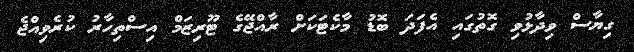
ގިޔާސް ވިދާޅުވި ގޮތުގައި އެފަދަ ބޮޑު މާކެޓަކަށް ރާއްޖޭގެ ޓޫރިޒަމް އިސްތިހާރު ކުރެވިއްޖެ